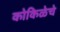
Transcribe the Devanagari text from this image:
कोकिळेचे